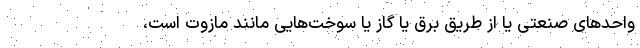
واحدهای صنعتی یا از طریق برق یا گاز یا سوخت‌هایی مانند مازوت است،